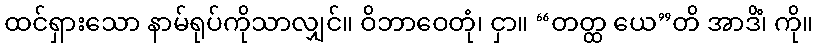
ထင်ရှားသော နာမ်ရုပ်ကိုသာလျှင်။ ဝိဘာဝေတုံ၊ ငှာ။ “တတ္ထ ယေ”တိ အာဒိံ၊ ကို။